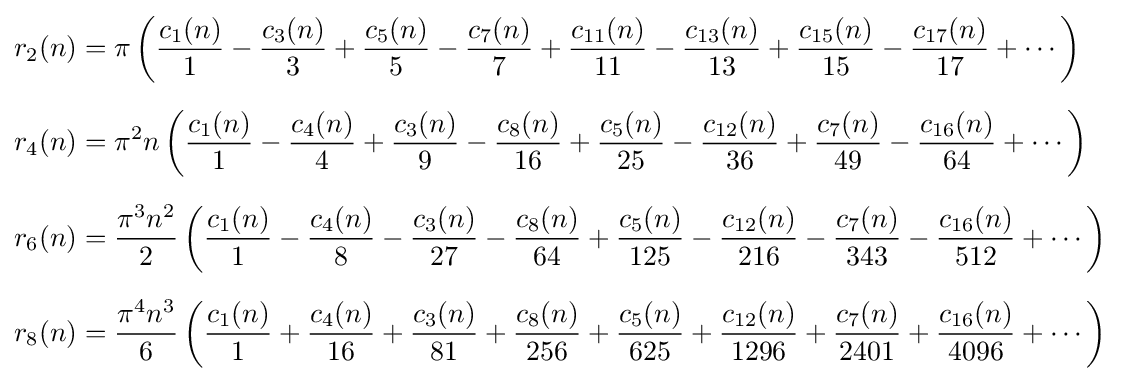
{\begin{aligned}r_{2}(n)&=\pi \left({\frac {c_{1}(n)}{1}}-{\frac {c_{3}(n)}{3}}+{\frac {c_{5}(n)}{5}}-{\frac {c_{7}(n)}{7}}+{\frac {c_{11}(n)}{11}}-{\frac {c_{13}(n)}{13}}+{\frac {c_{15}(n)}{15}}-{\frac {c_{17}(n)}{17}}+\cdots \right)\\[6pt]r_{4}(n)&=\pi ^{2}n\left({\frac {c_{1}(n)}{1}}-{\frac {c_{4}(n)}{4}}+{\frac {c_{3}(n)}{9}}-{\frac {c_{8}(n)}{16}}+{\frac {c_{5}(n)}{25}}-{\frac {c_{12}(n)}{36}}+{\frac {c_{7}(n)}{49}}-{\frac {c_{16}(n)}{64}}+\cdots \right)\\[6pt]r_{6}(n)&={\frac {\pi ^{3}n^{2}}{2}}\left({\frac {c_{1}(n)}{1}}-{\frac {c_{4}(n)}{8}}-{\frac {c_{3}(n)}{27}}-{\frac {c_{8}(n)}{64}}+{\frac {c_{5}(n)}{125}}-{\frac {c_{12}(n)}{216}}-{\frac {c_{7}(n)}{343}}-{\frac {c_{16}(n)}{512}}+\cdots \right)\\[6pt]r_{8}(n)&={\frac {\pi ^{4}n^{3}}{6}}\left({\frac {c_{1}(n)}{1}}+{\frac {c_{4}(n)}{16}}+{\frac {c_{3}(n)}{81}}+{\frac {c_{8}(n)}{256}}+{\frac {c_{5}(n)}{625}}+{\frac {c_{12}(n)}{1296}}+{\frac {c_{7}(n)}{2401}}+{\frac {c_{16}(n)}{4096}}+\cdots \right)\end{aligned}}